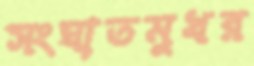
সংঘাতমুখর